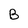
Character: B